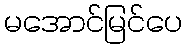
မအောင်မြင်ပေ